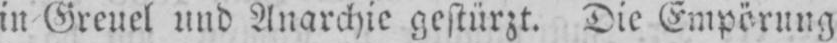
in Greuel und Anarchie gestürzt. Die Empörung